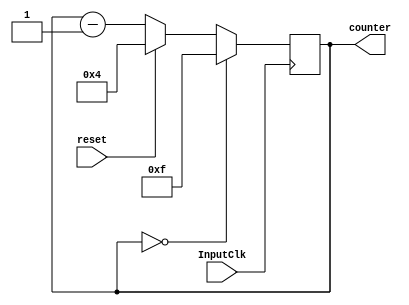
`timescale 1ns / 1ps
//////////////////////////////////////////////////////////////////////////////////
// Company: 
// Engineer: 
// 
// Design Name: 
// Module Name: counter
// Project Name: 
// Target Devices: 
// Tool Versions: 
// Description: 
// 
// Dependencies: 
// 
// Revision:
// Revision 0.01 - File Created
// Additional Comments:
// 
//////////////////////////////////////////////////////////////////////////////////

module counter(InputClk, reset, counter);
input InputClk;
input reset;
//input load;
output reg[5:0] counter;


always @(posedge InputClk)
begin
    if (counter ==0)
        counter = 15;
     else if (reset)
      counter = 4;
    else
        counter = counter - 1;
   
end
endmodule